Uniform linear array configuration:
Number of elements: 4
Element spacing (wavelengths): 0.75
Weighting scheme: hann
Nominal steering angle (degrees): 30
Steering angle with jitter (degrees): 28.077
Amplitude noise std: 0.05
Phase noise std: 0.05

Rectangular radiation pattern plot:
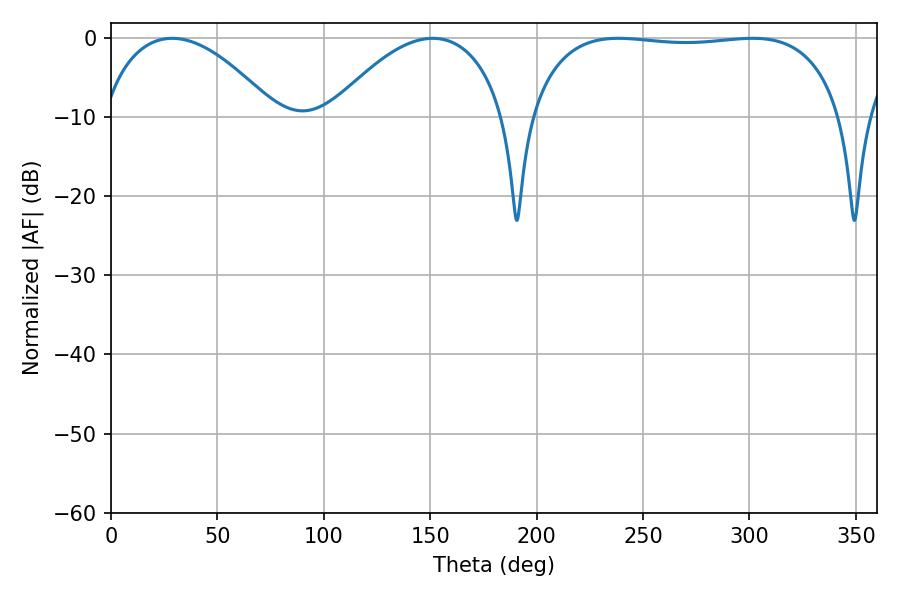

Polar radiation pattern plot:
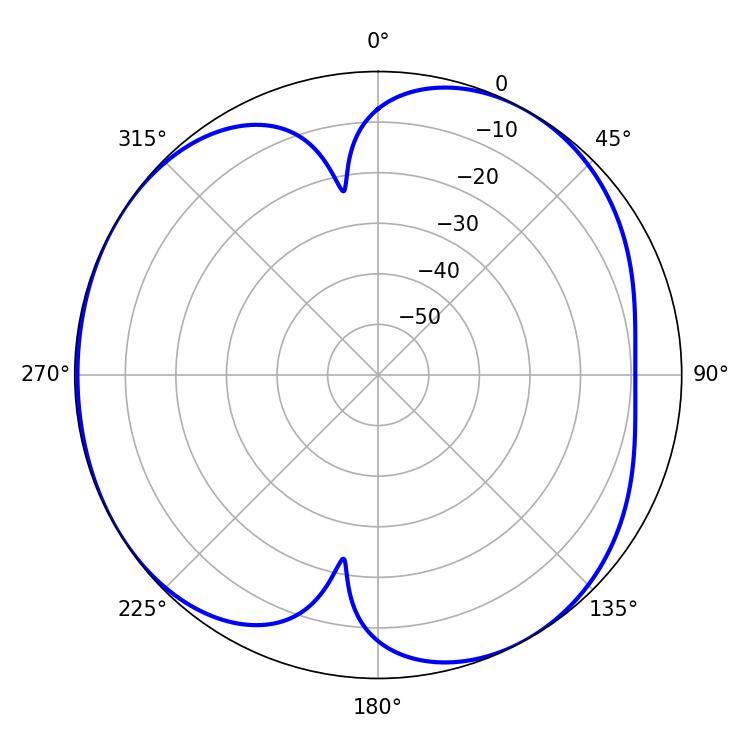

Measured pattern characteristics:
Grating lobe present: TRUE
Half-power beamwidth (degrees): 117.36
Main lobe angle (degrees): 238.5